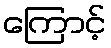
ကြောင့်